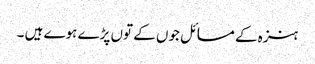
ہنزہ کے مسائل جوں کے توں پڑے ہوے ہیں ۔